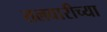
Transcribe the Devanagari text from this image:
तलवारीच्‍या